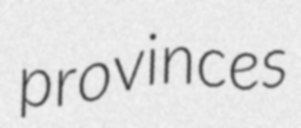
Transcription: provinces